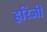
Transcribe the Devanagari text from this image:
हरिजी